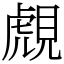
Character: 覤